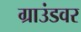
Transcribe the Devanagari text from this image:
ग्राउंडवर